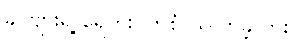
ခင်ဗျားရဲ့ ရေကူးဝတ်စုံ ယူလာခဲ့လား။